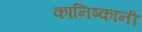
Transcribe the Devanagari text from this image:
कानिष्कांनी